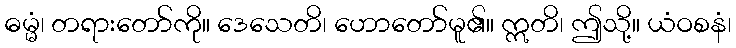
ဓမ္မံ၊ တရားတော်ကို။ ဒေသေတိ၊ ဟောတော်မူ၏။ ဣတိ၊ ဤသို့။ ယံဝစနံ၊